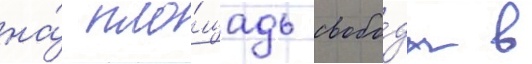
на́ пло́щадь свобо́ды в